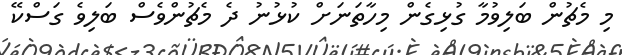
މި މެޗުން ބަލިވުމާ ގުޅިގެން މިހާތަނަށް ކުޅުނު ދެ މެޗުންވެސް ބަލިވެ ގަސްކޭ